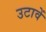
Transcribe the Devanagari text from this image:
उटावें